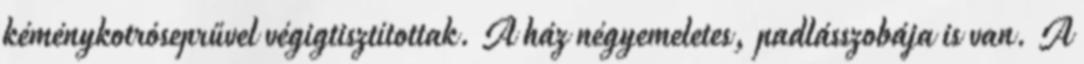
kéménykotróseprűvel végigtisztítottak. A ház négyemeletes, padlásszobája is van. A